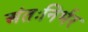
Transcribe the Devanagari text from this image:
अंतःनिर्भर